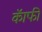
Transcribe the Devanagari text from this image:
कॅाफी